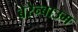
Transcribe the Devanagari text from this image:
बेरेन्बाउम